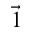
\vec { 1 }